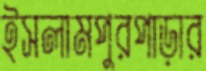
ইসলামপুরপাড়ার